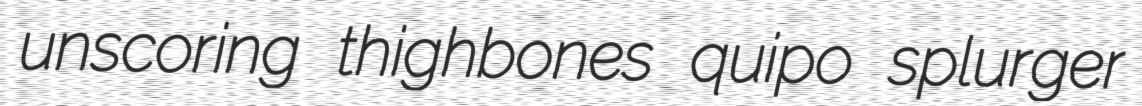
unscoring thighbones quipo splurger